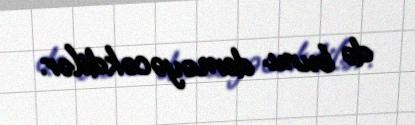
də bunu deməyəcəkdilər.